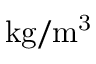
\mathrm { k g / m ^ { 3 } }